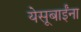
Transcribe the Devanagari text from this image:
येसूबाईंना